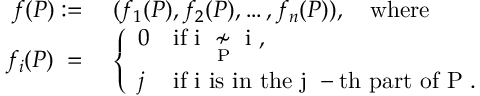
\begin{array} { r l } { f ( P ) : = \; } & { ( f _ { 1 } ( P ) , f _ { 2 } ( P ) , \ldots , f _ { n } ( P ) ) , \quad \mathrm { w h e r e } } \\ { f _ { i } ( P ) \; = \; } & { \left\{ \begin{array} { l l } { 0 } & { \mathrm { i f ~ i ~ \underset { P } { \not \sim } ~ i ~ } , } \\ { j } & { \mathrm { i f ~ i ~ i s ~ i n ~ t h e ~ j ~ - t h ~ p a r t ~ o f ~ P ~ . } } \end{array} \right. } \end{array}